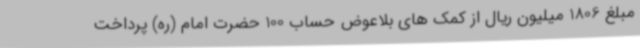
مبلغ 1806 میلیون ریال از کمک های بلاعوض حساب 100 حضرت امام (ره) پرداخت